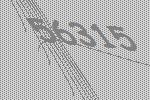
56315